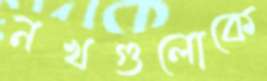
নখগুলোকে